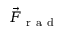
\vec { { \cal F } } _ { \mathrm { ~ r ~ a ~ d ~ } }